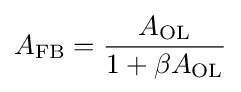
A_{\text{FB}}={\frac {A_{\text{OL}}}{1+\beta A_{\text{OL}}}}